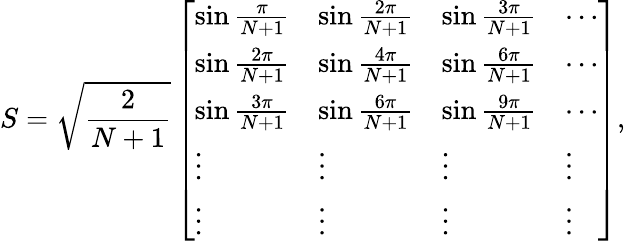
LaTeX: S=\sqrt{\frac{2}{N+1}}\left[\begin{array}{llll}{\sin\frac{\pi}{N+1}}&{\sin\frac{2\pi}{N+1}}&{\sin\frac{3\pi}{N+1}}&{\cdots}\\ {\sin\frac{2\pi}{N+1}}&{\sin\frac{4\pi}{N+1}}&{\sin\frac{6\pi}{N+1}}&{\cdots}\\ {\sin\frac{3\pi}{N+1}}&{\sin\frac{6\pi}{N+1}}&{\sin\frac{9\pi}{N+1}}&{\cdots}\\ {\vdots}&{\vdots}&{\vdots}&{\vdots}\\ {\vdots}&{\vdots}&{\vdots}&{\vdots}\end{array}\right],